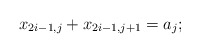
\begin{align*} x_{2i-1,j} + x_{2i-1,j+1}=a_j;\end{align*}